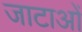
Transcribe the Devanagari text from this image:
जाटाओं